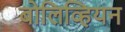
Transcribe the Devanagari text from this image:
बोलिव्हियन